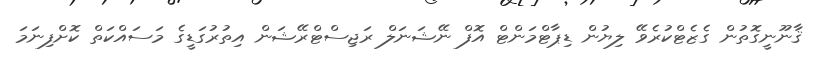
ޤާނޫނީގޮތުން ގެޒެޓްކުރެވޭ ލިޔުން ޑިޕާޓްމަންޓް އޮފް ނޭޝަނަލް ރަޖިސްޓްރޭޝަން އިތުރުގަޑީގެ މަސައްކަތް ކޮށްފިނަމަ